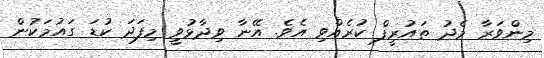
މިންވަރާ މެދު ތައުރީފް ކުރެއްވި އެވެ. އޭނާ ވިދާޅުވީ މިފަދަ ކުޑަ ގައުމަކުން